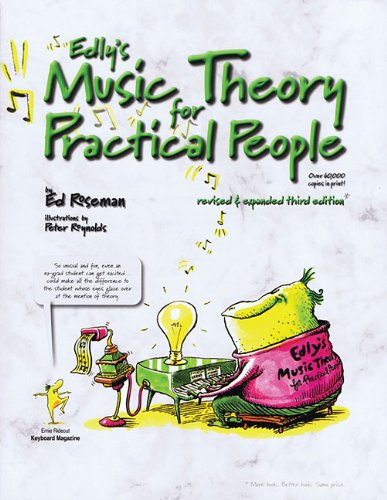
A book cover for Edly's Music Theory for Practical People; Ed Roseman; Arts & Photography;